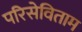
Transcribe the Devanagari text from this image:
परिसेविताम